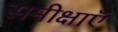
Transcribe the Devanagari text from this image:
समीक्षाऍं